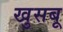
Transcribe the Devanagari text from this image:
खुसबू